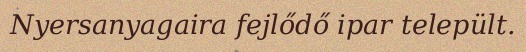
Nyersanyagaira fejlődő ipar települt.